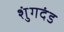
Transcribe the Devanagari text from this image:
शुंगदंड